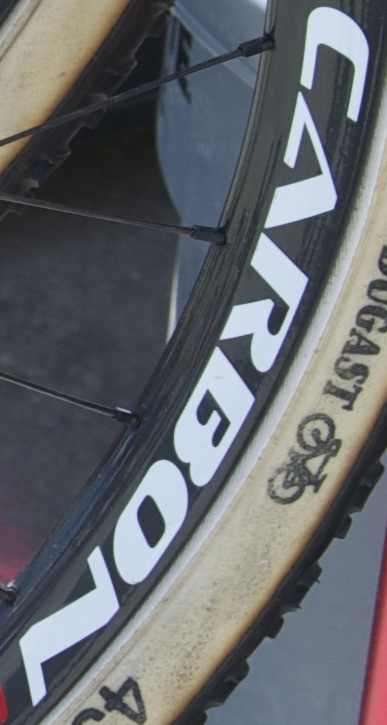
CARBON